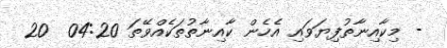
- މިކާއިނާތުފިޔަވައި އެހެން ކާއިނާތުތަކެއްވޭތަ 04:20  20